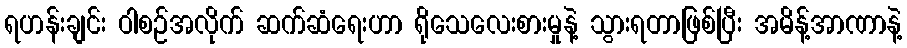
ရဟန်းချင်း ဝါစဉ်အလိုက် ဆက်ဆံရေးဟာ ရိုသေလေးစားမှုနဲ့ သွားရတာဖြစ်ပြီး အမိန့်အာဏာနဲ့